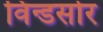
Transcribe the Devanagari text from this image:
विन्डसोर